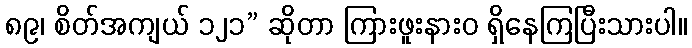
၈၉၊ စိတ်အကျယ် ၁၂၁” ဆိုတာ ကြားဖူးနားဝ ရှိနေကြပြီးသားပါ။